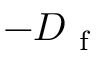
- D _ { \mathrm { ~ f ~ } }